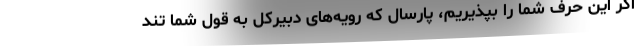
اگر این حرف شما را بپذیریم، پارسال که رویه‌های دبیرکل به قول شما تند